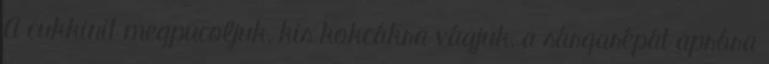
A cukkinit megpucoljuk, kis kokcákra vágjuk, a sárgarépát apróra